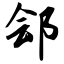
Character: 郐